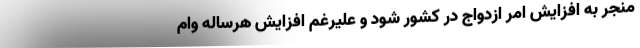
منجر به افزایش امر ازدواج در کشور شود و علیرغم افزایش هرساله وام